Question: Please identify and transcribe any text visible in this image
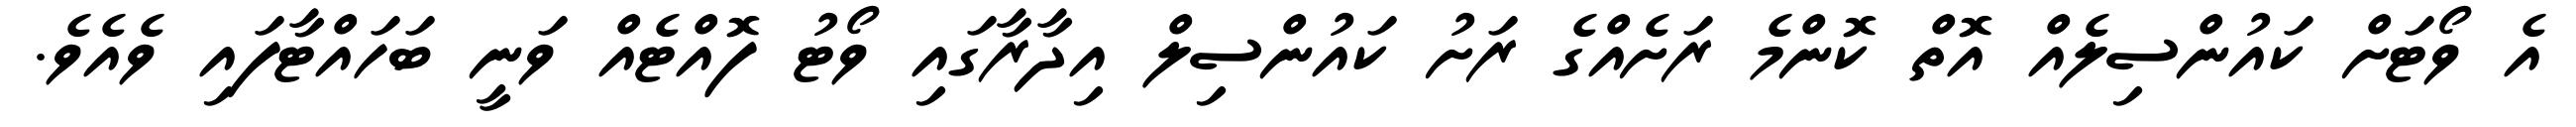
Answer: އެ ވޯޓަށް ކައުންސިލެއް އޮތް ކޮންމެ ރަށެއްގެ ރަށު ކައުންސިލް އިދާރާގައި ވޯޓު ފޮއްޓެއް ވަނީ ބަހައްޓާފައި ވެއެވެ.